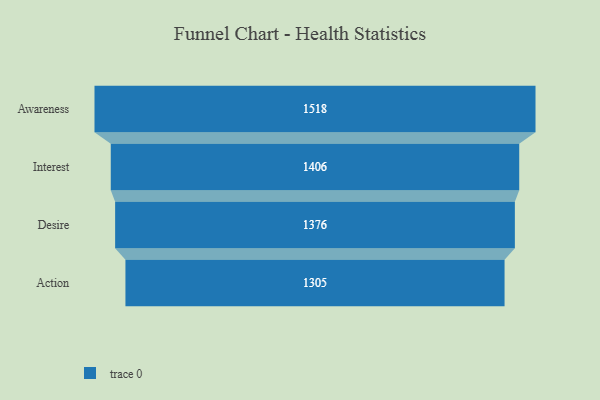
{"axis": {"x": "Stage", "y": "Value"}, "legend": [""], "data": [{"x": "Awareness", "y": 1518.0, "type": ""}, {"x": "Interest", "y": 1406.0, "type": ""}, {"x": "Desire", "y": 1376.0, "type": ""}, {"x": "Action", "y": 1305.0, "type": ""}]}